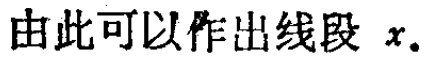
由此可以作出线段 \(x\).